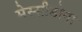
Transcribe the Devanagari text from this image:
मेस्सीडोना